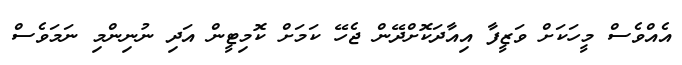
އެއްވެސް މީހަކަށް ވަޒީފާ އިއާދަކޮށްދޭން ޖެހޭ ކަމަށް ކޮމިޓީން އަދި ނުނިންމި ނަމަވެސް